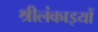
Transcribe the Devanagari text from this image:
श्रीलंकाइयों